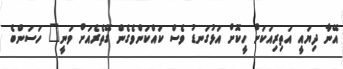
އޭނާ ދިޔައީ އަތިރިއަކަށް ހީކޮށް އަޅުގަނޑު ވެސް ކައްކަންވެގެން ގޭތެރެއަށް ވަނީ" ހަސަންބެ